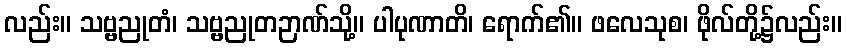
လည်း။ သဗ္ဗညုတံ၊ သဗ္ဗညုတဉာဏ်သို့။ ပါပုဏာတိ၊ ရောက်၏။ ဖလေသုစ၊ ဖိုလ်တို့၌လည်း။